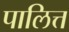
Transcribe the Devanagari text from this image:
पालित्त